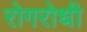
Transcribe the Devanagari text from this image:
रोगरोधी